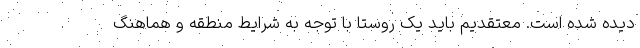
دیده شده است. معتقدیم باید یک روستا با توجه به شرایط منطقه و هماهنگ